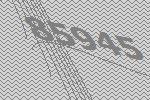
85945